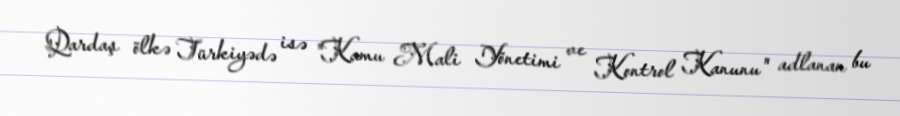
Qardaş ölkə Türkiyədə isə "Kamu Mali Yönetimi ve Kontrol Kanunu" adlanan bu